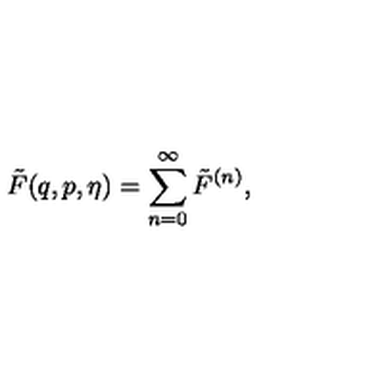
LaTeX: \tilde { F } ( q , p , \eta ) = \sum _ { n = 0 } ^ { \infty } \tilde { F } ^ { ( n ) } ,